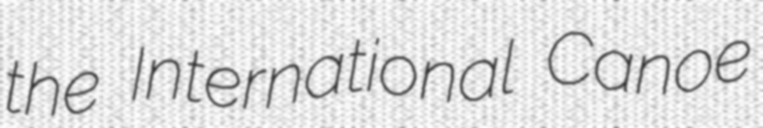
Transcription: the International Canoe